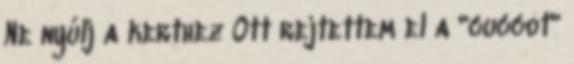
Ne nyúlj a kerthez Ott rejtettem el a "cuccot"